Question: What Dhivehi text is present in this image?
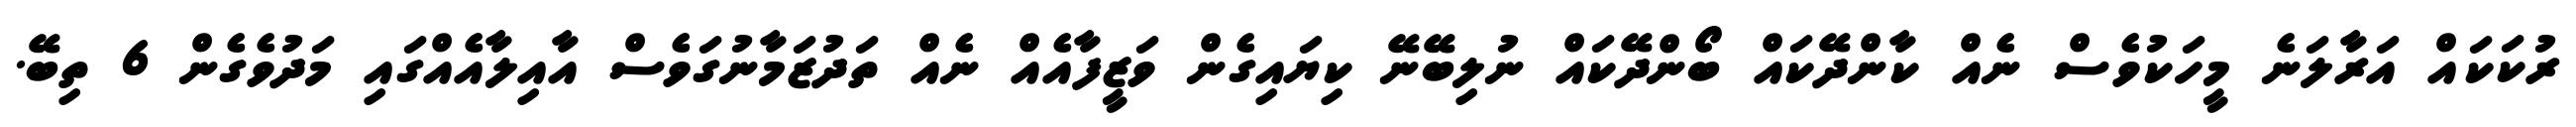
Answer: ރުކަކައް އަރާލަނެ މީހަކުވެސް ނެއް ކާންދޭކައް ބޯންދޭކައް ނުލިބޭނޭ ކިޔައިގެން ވަޒީފާއެއް ނެއް ތަދުޒަމާނުގަވެސް އާއިލާއެއްގައި މަދުވެގެން 6 ތިބޭ.